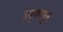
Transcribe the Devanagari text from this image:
अर्कासुर